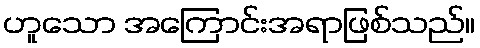
ဟူသော အကြောင်းအရာဖြစ်သည်။